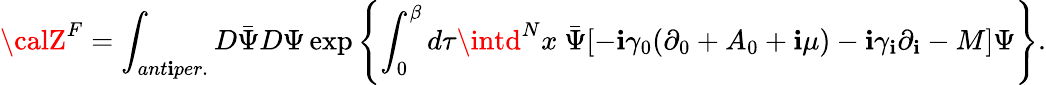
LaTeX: {\calZ}^{F}=\int_{ant\mathbf{i}per.}D\bar{{\Psi}}D\Psi\exp\left\{ \int_{0}^{\beta}d\tau\intd^{N}x\ \bar{{\Psi}}[-\mathbf{i}\gamma_{0}(\partial_{0}+A_{0}+\mathbf{i}\mu)-\mathbf{i}\gamma_{\mathbf{i}}\partial_{\mathbf{i}}-M]\Psi\right\} .